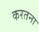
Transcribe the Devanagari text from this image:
करतना